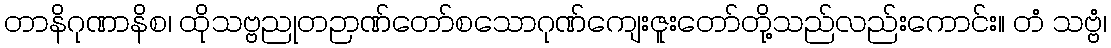
တာနိဂုဏာနိစ၊ ထိုသဗ္ဗညုတဉာဏ်တော်စသောဂုဏ်ကျေးဇူးတော်တို့သည်လည်းကောင်း။ တံ သဗ္ဗံ၊